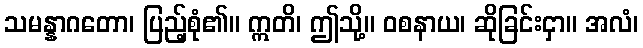
သမန္နာဂတော၊ ပြည့်စုံ၏။ ဣတိ၊ ဤသို့။ ဝစနာယ၊ ဆိုခြင်းငှာ။ အလံ၊